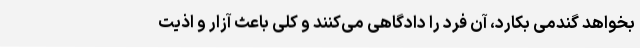
بخواهد گندمی بکارد، آن فرد را دادگاهی می‌کنند و کلی باعث آزار و اذیت